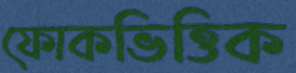
ফোকভিত্তিক